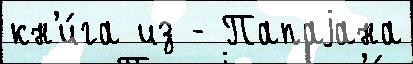
кн'и́га из - Папаjана